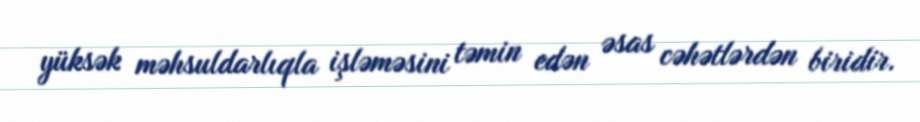
yüksək məhsuldarlıqla işləməsini təmin edən əsas cəhətlərdən biridir.